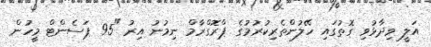
އަލީ ވިދާޅުވި ގޮތުގައި ހޭލުންތެރިކުރުމުގެ ޕްރޮގްރާމް ނިމުނު އިރު "95 ޕަސެންޓް މީހުން